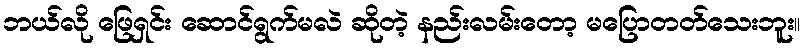
ဘယ်လို ဖြေရှင်း ဆောင်ရွက်မလဲ ဆိုတဲ့ နည်းလမ်းတော့ မပြောတတ်သေးဘူး။